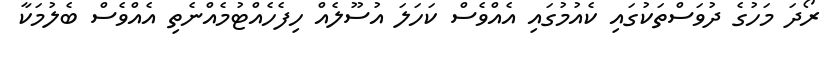
ރޯދަ މަހުގެ ދުވަސްތަކުގައި ކެއުމުގައި އެއްވެސް ކަހަލަ އުސޫލެއް ހިފެހެއްޓުމެއްނެތި އެއްވެސް ބެލުމަކާ